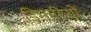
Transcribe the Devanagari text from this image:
डिमारियों